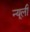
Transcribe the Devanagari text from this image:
न्यूली